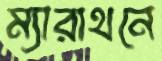
ম্যারাথনে